Vaccination in Burma 1889-1999 - 1889-1999
Year: 1889
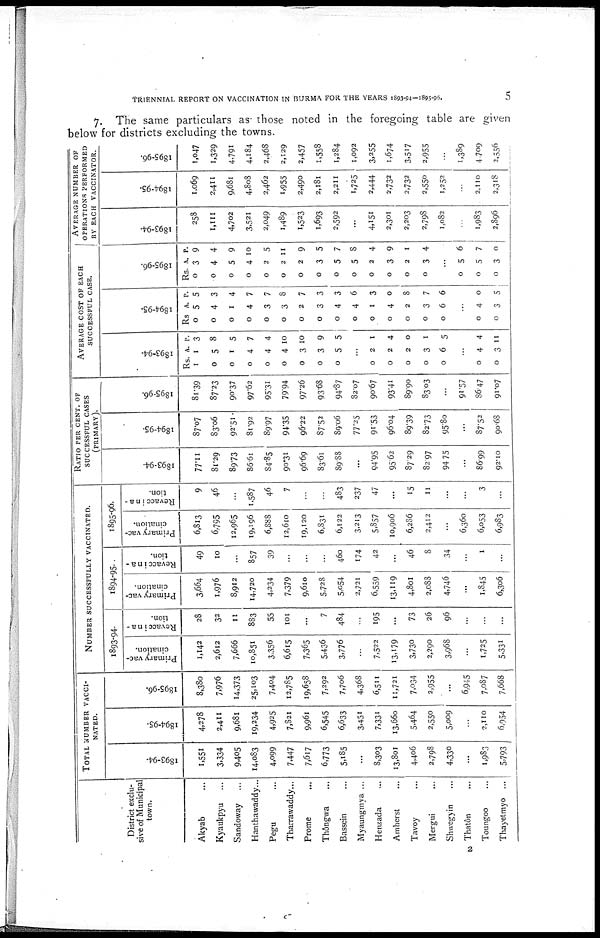
TRIENNIAL REPORT ON VACCINATION IN BURMA FOR THE YEARS 1893-94-1895-96.
5
7. The same particulars as those noted in the foregoing table are given
below for districts excluding the towns.
District exclu-
sive of Municipal
town.
Akyab ...
Kyaukpyu ...
Sandoway ...
Hanthawaddy...
Pegu ...
Tharrawaddy...
Prome ...
Thôngwa ...
Bassein ...
Myaungmya ...
Henzada ...
Amherst ...
Tavoy ...
Mergui ...
Shwegyin ...
Thatôn ...
Toungoo ...
Tháyetmyo ...
TOTAL NUMBER VACCI-
-----.
1893-94.
1,551
3,334
9,405
14,083
4,099
7,447
7,617
6,773
5,185
...
8,303
13,801
4,406
2,798
4,330
...
1,983
5,793
1894-95.
4,278
2,411
9,681
19,234
4,925
7,821
9,961
6,545
6,633
3,451
7,331
13,660
5,464
2,550
5,009
...
2,110
6,954
1895-96.
8,380
7,976
14,373
25,103
7,404
12,785
19,658
7,292
7,706
4,368
6,511
11,721
7,034
2,955
...
6,945
7,077
7,668
NUMBER SUCCESSFULLY VACCINATED.
1893-94.
Primary vac-
cination.
1,142
2,612
7,666
10,851
3,356
6,615
7,365
5,436
3,776
...
7,522
13,179
3,730
2,290
3,968
...
1,725
5,331
Revaccina -
tion.
28
32
11
883
55
101
...
7
484
...
195
...
73
26
96
...
...
. . .
1894-95.
Primary vac-
cination.
3,664
1,976
8,912
14,720
4,234
7,379
9,610
5,728
5.o54
2,721
6,559
13,119
4,801
2,088
4,746
...
1,845
6,306
Revaccina -
tion.
49
10
...
857
39
...
...
...
460
174
42
...
46
8
34
...
1
...
1895-96.
Primary vac-
cination.
6,813
6,795
12,965
19,196
6,888
16,610
19,120
6,831
6,122
3,213
5,857
10,906
6,286
2,412
...
6,360
6,053
6,983
Revaccina -
tion.
9
46
...
1,587
46
7
...
...
483
237
47
...
15
11
...
...
3
...
RATIO PER CENT. OF
SUCCESSFUL CASES
(PRIMARY).
1893-94.
77.11
81.29
89.73
86.61
84.85
90.31
96.69
83.61
8988
...
94.95
95.62
87.29
82.97
94.75
...
86.99
92.10
1894-95.
87.07
83.06
92.51
81.92
89.97
94.35
96.22
87.52
89.06
77.25
91.53
96.04
89.39
82.73
95.80
...
87.52
90.68
1 8 9 5 - 9 6 .
81.39
87.23
90.37
97.62
95.31
79.94
97.26
93.68
94.87
82.07
90.67
93.41
89.90
83.03
...
91.57
86.47
91.07
AVERAGE COST OF EACH
SUCCESSFUL CASE.
1893-94.
Rs.
1
0
0
0
0
0
0
0
0
A.
1
5
1
4
4
4
3
3
5
P.
3
8
5
7
4
10
10
9
5
...
0
0
0
0
0
2
2
2
3
6
1
4
0
1
5
...
0
0
4
3
4
11
1894-95.
Rs.
0
0
0
0
0
0
0
0
0
0
0
0
0
0
0
A.
5
4
1
4
3
3
2
3
4
4
1
4
2
3
6
P.
5
3
4
7
7
8
7
3
3
6
3
0
8
7
6
...
0
0
4
3
0
5
1895-96.
Rs.
0
0
0
0
0
0
0
0
0
0
0
0
0
0
A.
3
4
5
4
2
2
2
3
5
5
2
3
2
3
P.
9
4
9
10
5
11
9
5
7
8
4
9
1
4
...
0
0
0
5
5
3
6
7
0
AVERAGE NUMBER OF
OPERATIONS PERFORMED
BY EACH VACCINATOR.
1893-94.
258
1,111
4,702
3,521
2,049
1,489
1,523
1,693
2,592
...
4,151
2,301
2,203
2,798
1,082
...
1,983
2,896
1894-95.
1,069
2,411
9,681
4,808
2,462
1,955
2,490
2,181
2,211
1,725
2,444
2,732
2,732
2,550
1,252
...
2,110
2,318
1895-96.
1,047
1,329
4,791
4,184
2,468
2,129
2,457
1,558
1,284
1,092
3,255
1,674
3,517
2,955
...
1,389
4,709
2,556
2